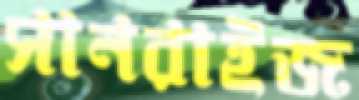
সানরাইজ